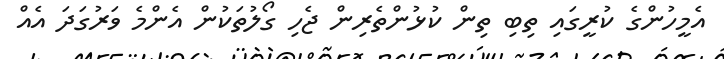
އެމީހުންގެ ކުރީގައި ތިބި ތިން ކުޅުންތެރިން ޖެހި ގޯލުތަކުން އެންމެ ވަރުގަދަ އެއް